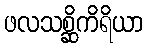
ဖလသစ္ဆိကိရိယာ